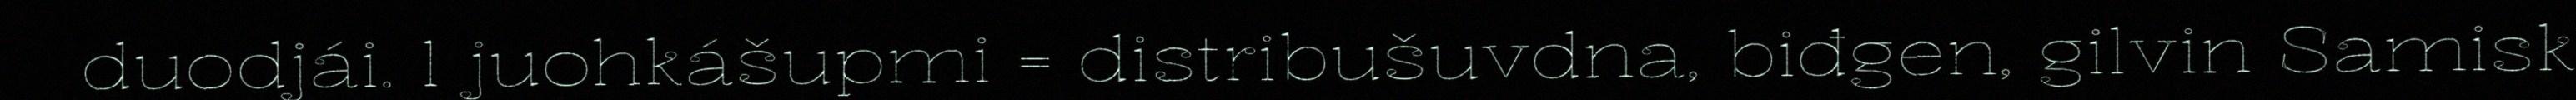
duodjái. 1 juohkášupmi = distribušuvdna, biđgen, gilvin Samisk